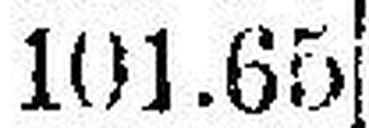
101.65